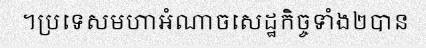
។ប្រទេសមហាអំណាចសេដ្ឋកិច្ចទាំង២បាន